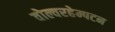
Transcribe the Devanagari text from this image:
वोल्वरहेम्पटन